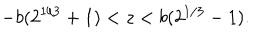
- b ( 2 ^ { 1 / 3 } + 1 ) < z < b ( 2 ^ { 1 / 3 } - 1 ) .